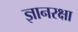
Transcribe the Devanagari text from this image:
ज्ञानरक्षा